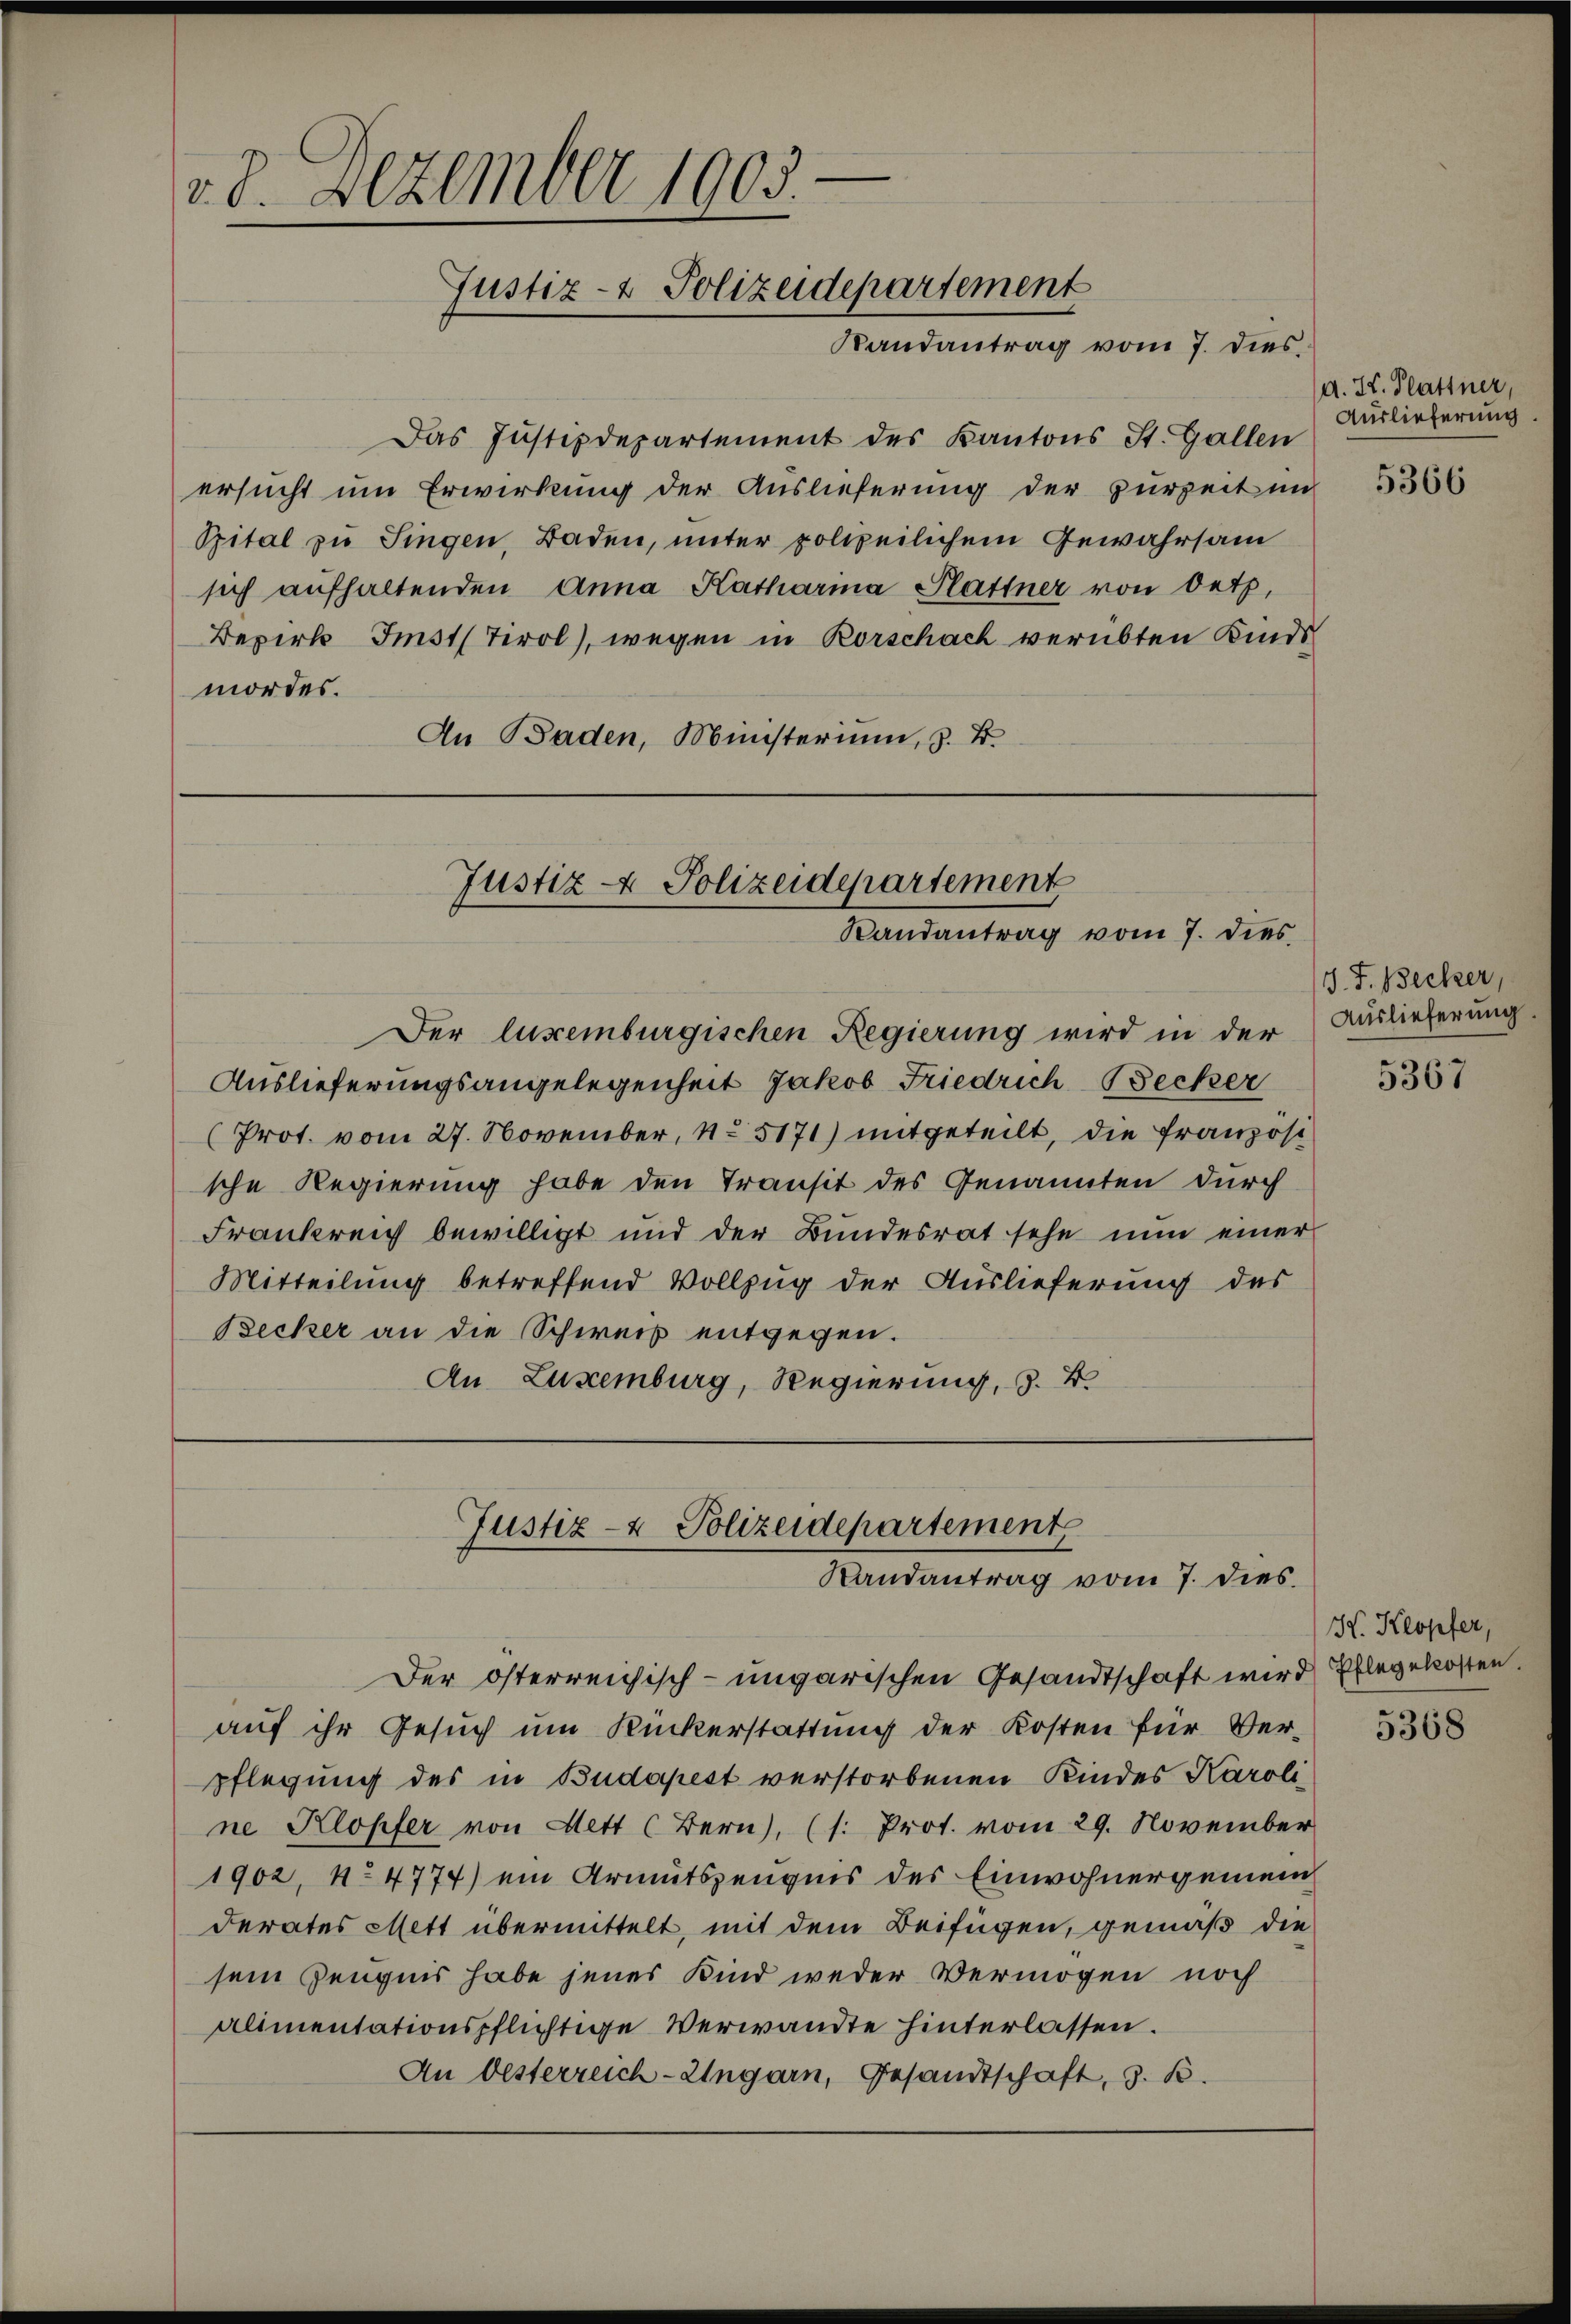
e
v. 8. Dezember 1903.
Justiz- & Polizeidepartement
Randantrag vom 7. dies

Das Justizdepartement des Kantons St. Gallen
ersucht um Erwirkung der Auslieferung der zurzeit im
Spital zu Singen, Baden, unter polizeilichem Gewahrsam
sich aufhaltenden Anna Katharina Plattner von Oetz.
Bezirk Imst Tirol, wegen in Rorschach verübten Kindsmordes.
An Baden, Ministerium, z. B.

Justiz- & Polizeidepartement
Randantrag vom 7. dies

Justiz- & Polizeidepartement
Randantrag vom 7. dies

Der lusemburgischen Regierung wird in der
Auslieferungsangelegenheit Jakob Friedrich Becker
Prot. vom 27. November, No 5171) mitgeteilt, die Französi
sche Regierung habe den Transit des Genannten durch
Frankreich bewilligt und der Bundesrat sehe nun einer
Mitteilung betreffend Vollzug der Auslieferung des
Becker an die Schweis entgegen.
An Luxenburg, Regierung, z. B.

Der österreichisch-ungarischen Gesandtschaft wird Ehlegekosten.
auf ihr Gesuch um Rückerstattung der Kosten für Ver-
pflegung des in Budapest verstorbenen Kindes Karoli
ne Klopfer von Mett (Bern, (s. Prot. vom 29. November
1902, No 4774) ein Armutszeugnis des Einwohnergemein
Ferates Mett übermittelt, mit dem Beifügen, gemäß die
sein Zeugnis habe jenes Kind weder Vermögen noch
alimentationspflichtige Verwandte hinterlassen.
An besterreich-Ungarn, Gesandtschaft, z. B.

d. K. Plattner,
Auslieferung
5366

J. F. Becker,
Auslieferung

5367

H. Kropfer,

5368